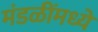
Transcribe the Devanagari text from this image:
मंडळींमध्यें